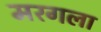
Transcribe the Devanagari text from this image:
मरगला